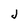
Character: j